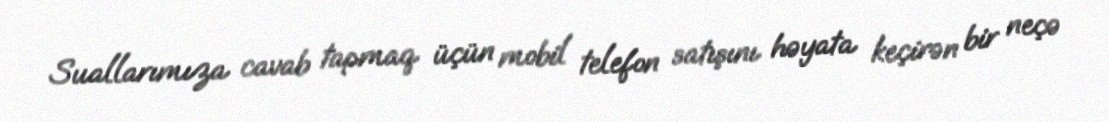
Suallarımıza cavab tapmaq üçün mobil telefon satışını həyata keçirən bir neçə